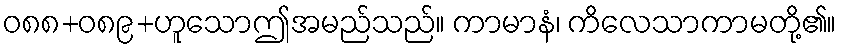
ဝ၈၈+၀၈၉+ဟူသောဤအမည်သည်။ ကာမာနံ၊ ကိလေသာကာမတို့၏။